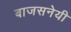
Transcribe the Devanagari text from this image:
बाजसनेयी